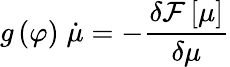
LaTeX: g\left(\varphi\right)\; \dot{\mu}=-\frac{\delta{\cal F}\left[\mu\right]}{\delta\mu}